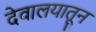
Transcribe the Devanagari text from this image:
देवालयातून